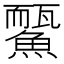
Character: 𩻊